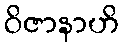
ဝိဇာနာဟိ